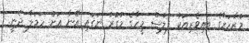
މުޒާހަރާގެ ބައިވެރިއަކު ފުލުސް މީހާގެ މުގުރު ނަގައި އޭނާ އަށް ހަމަލާ ދެނީ.